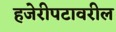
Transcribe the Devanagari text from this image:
हजेरीपटावरील